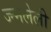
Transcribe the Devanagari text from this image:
ज्न्मलेली